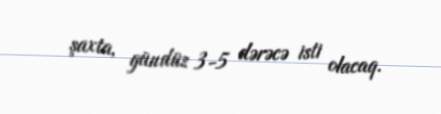
şaxta, gündüz 3-5 dərəcə isti olacaq.